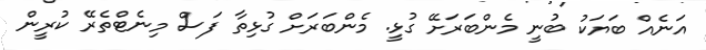
އަނެއް ބަޔަކު ބުނީ މެންބަރަށޭ ގުޅީ. މެންބަރަށް ގުޅިތާ ފަސް މިނެޓްތެރޭ ކުރީން